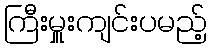
ကြီးမှူးကျင်းပမည့်